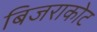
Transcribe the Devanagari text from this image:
बिजराकोट